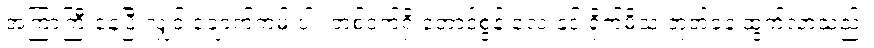
အကြာကြီးနေပြီးလျှင် ချောက်ကမ်းပါး တစ်ဝက်ရှိ တောင်စွန်းလေးနှင့် ရိုက်မိသံ ဘုတ်ခနဲ ထွက်လာသည်။